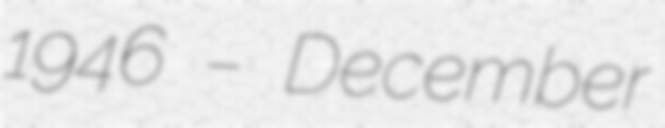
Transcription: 1946 – December